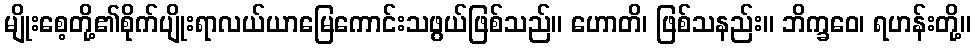
မျိုးစေ့တို့၏စိုက်ပျိုးရာလယ်ယာမြေကောင်းသဖွယ်ဖြစ်သည်။ ဟောတိ၊ ဖြစ်သနည်း။ ဘိက္ခဝေ၊ ရဟန်းတို့။